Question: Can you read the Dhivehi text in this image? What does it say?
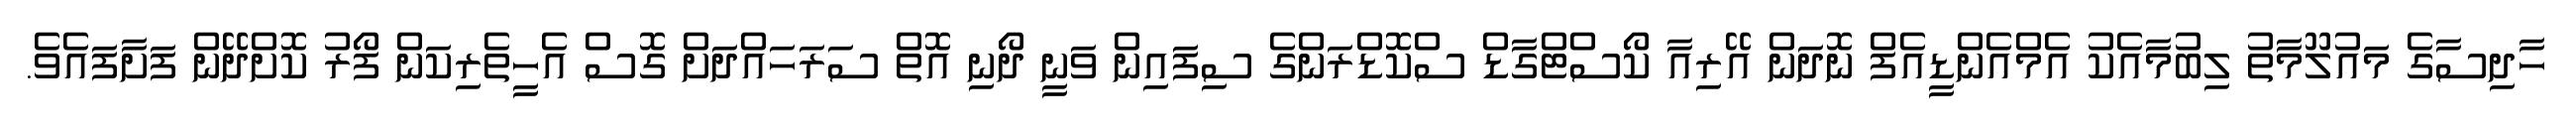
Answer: ހާދިސާގެ މައުލޫމާތު ލިބުމާއެކު އެމްއެންޑީއެފް ނޮދަން އޭރިއާ ކޯސްޓްގާޑް ސްކޮޑްރަންގެ ސިފައިން ވަނީ ދޯނި އޮތް ސަރަހައްދަށް ގޮސް އެހީތެރިކަން ފޯރު ކޮށްދޭން ފަށާފައެވެ.